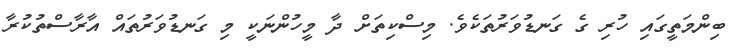
ބިންމަތީގައި ހުރި ގެ ގަނޑުވަރުތަކެވެ. މިސްކިތަށް ދާ މީހުންނަކީ މި ގަނޑުވަރުތައް އާރާސްތުކުރާ